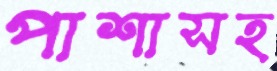
পাশাসহ